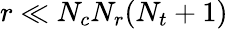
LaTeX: r\ll N_{c}N_{r}(N_{t}+1)